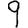
Digit: 9